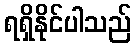
ရရှိနိုင်ပါသည်